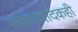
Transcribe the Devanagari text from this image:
सतारवादकही